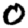
Digit: 0